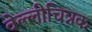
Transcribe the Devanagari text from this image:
वेल्लीचित्रक